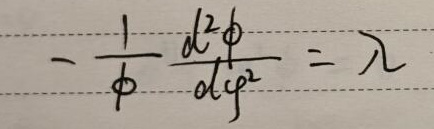
\[
-\frac{1}{\phi} \frac{d^{2} \phi}{d \varphi^{2}}=\lambda
\]